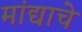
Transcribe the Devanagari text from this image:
मांद्याचे